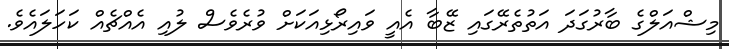
މިޝްއަލްގެ ބާރުގަދަ އަތުތެރޭގައި ޒޭބާ އެއީ ވައިރޯޅިއަކަށް ވުރެވެސް ލުއި އެއްޗެއް ކަހަލައެވެ.